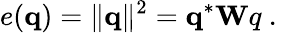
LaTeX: e({\mathbf q})=\| {\mathbf q}\| ^{2}={\mathbf q}^{*}{\mathbf Wq}\mathrm{~.~}